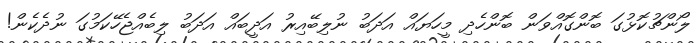
ލޯންޗުކޮޅުގަ ބޮންގޮއްވަން ބޮންހެދި މީހަޔައް އަދަބު ނުލިބޭއިރު އަދީބައް އަދަބު ލިބެއްޖެހޭކަމުގަ ނުދެކެން!